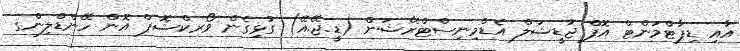
އާއި ޑިޕާޓްމަންޓް އޮފް ޖުޑީޝަލް އެޑްމިނިސްޓްރޭޝަން (ޑީ.ޖޭ.އޭ) ގުޅިގެން ވޯރކްޝޮޕް އޮން ހޭންޑްލިންގ